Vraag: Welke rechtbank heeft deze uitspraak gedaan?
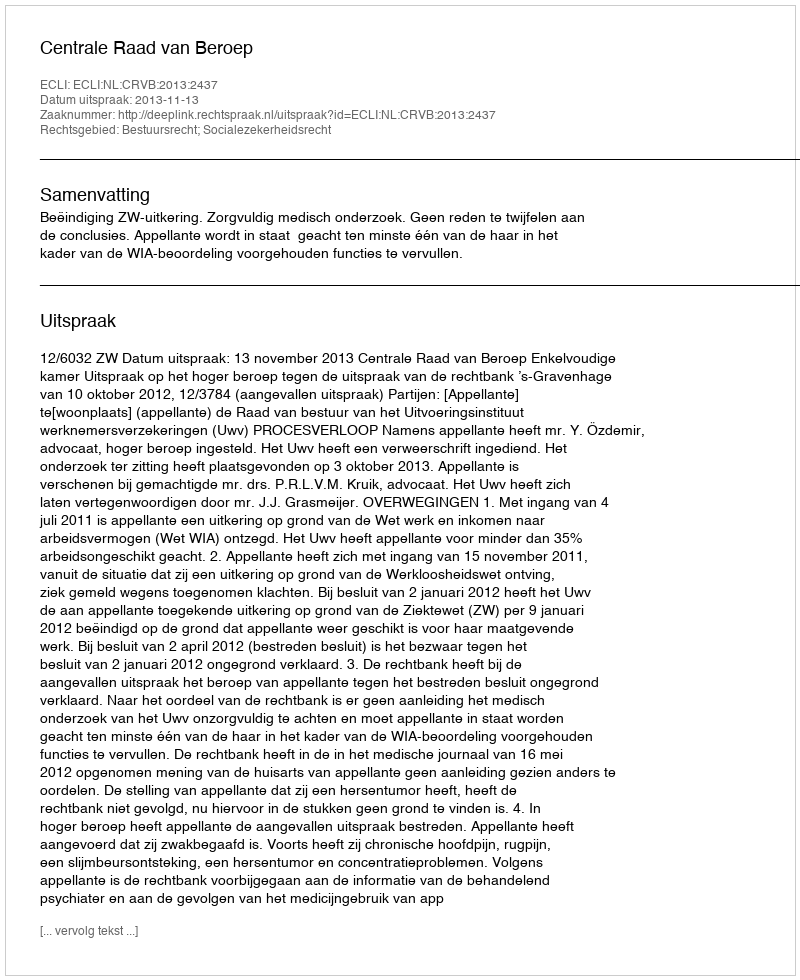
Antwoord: Centrale Raad van Beroep